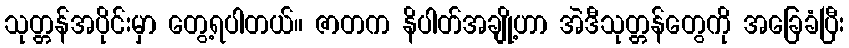
သုတ္တန်အပိုင်းမှာ တွေ့ရပါတယ်။ ဇာတက နိပါတ်အချို့ဟာ အဲဒီသုတ္တန်တွေကို အခြေခံပြီး